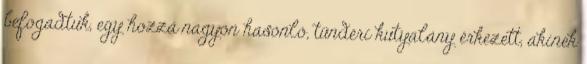
befogadtuk, egy hozzá nagyon hasonló, tündéri kutyalány érkezett, akinek